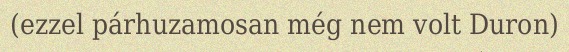
(ezzel párhuzamosan még nem volt Duron)